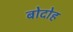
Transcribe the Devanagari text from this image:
बोदोह